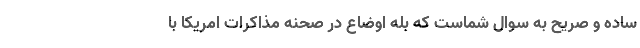
ساده و صريح به سوال شماست كه بله اوضاع در صحنه مذاكرات امريكا با